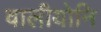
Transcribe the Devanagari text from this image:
वालीयोनि